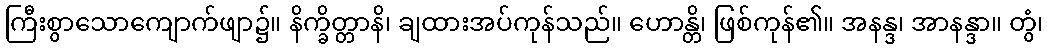
ကြီးစွာသောကျောက်ဖျာ၌။ နိက္ခိတ္တာနိ၊ ချထားအပ်ကုန်သည်။ ဟောန္တိ၊ ဖြစ်ကုန်၏။ အနန္ဒ၊ အာနန္ဒာ။ တွံ၊